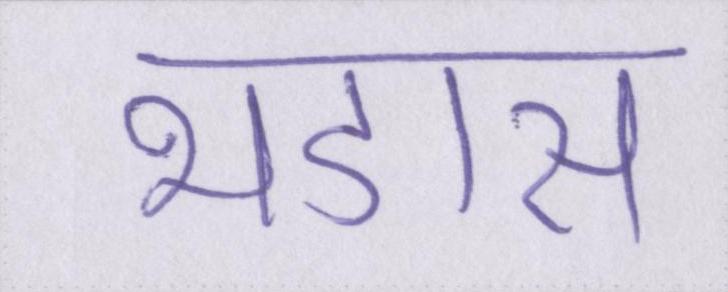
भडास